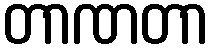
တာဏတာ